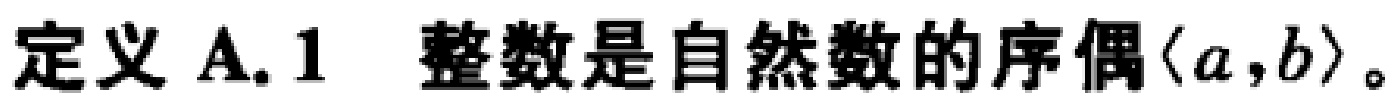
定义 A.1 整数是自然数的序偶$\langle a,b\rangle$。